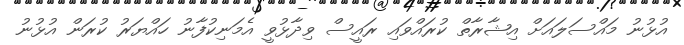
އުޅުނު މައްސަލައަށް އިޝާރާތް ކުރައްވައި ރައީސް ވިދާޅުވީ އެމަނިކުފާނު ހައްޔަރު ކުރަން އުޅުނު